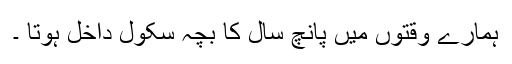
ہمارے وقتوں میں پانچ سال کا بچہ سکول داخل ہوتا ۔